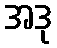
အဒု